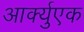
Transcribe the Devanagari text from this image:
आर्क्युएक